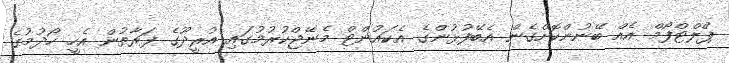
ޕްލްޓްފޯމް އެއް ބޭނުންކޮށްގެން އެބޭފުޅުންގެ އެކައުންޓް މެނޭޖްކުރުމުގައި އުރީދޫގެ ފަރާތުން އެހީ ހޯދުމުގެ